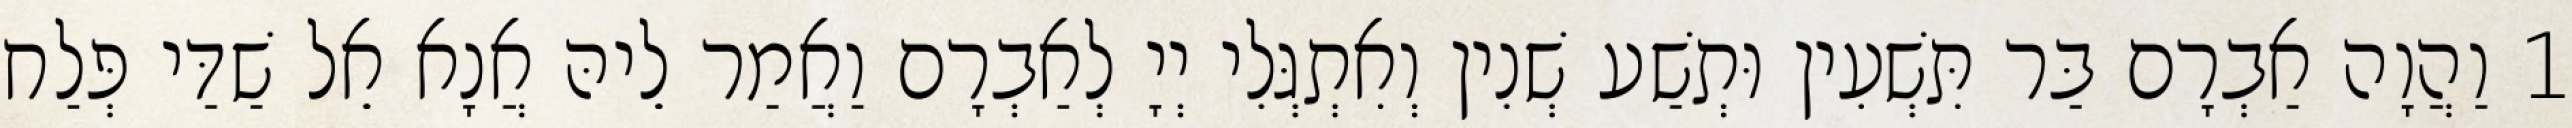
1 וַהֲוָה אַבְרָם בַּר תִּשְׁעִין וּתְשַׁע שְׁנִין וְאִתְגְּלִי יְיָ לְאַבְרָם וַאֲמַר לֵיהּ אֲנָא אֵל שַׁדַּי פְּלַח